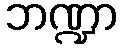
ဘဏ္ဍာ